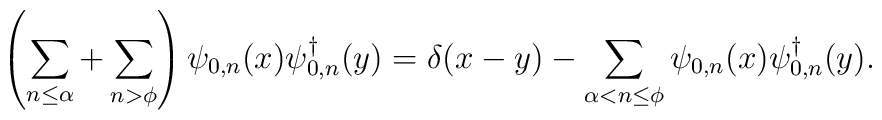
\left(\sum_{n\leq\alpha}+\sum_{n>\phi}\right)    \psi_{0,n}(x)\psi_{0,n}^{\dagger}(y)=\delta(x-y)-\sum_{\alpha<n\leq\phi}   \psi_{0,n}(x)\psi_{0,n}^{\dagger}(y).